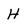
Character: H